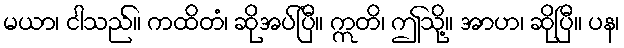
မယာ၊ ငါသည်။ ကထိတံ၊ ဆိုအပ်ပြီ။ ဣတိ၊ ဤသို့။ အာဟ၊ ဆိုပြီ။ ပန၊